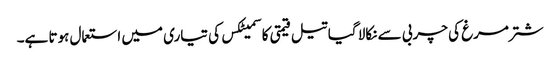
شتر مرغ کی چربی سے نکالا گیا تیل قیمتی کاسمیٹکس کی تیاری میں استعمال ہوتا ہے۔